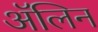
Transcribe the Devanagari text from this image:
ॲलिन